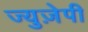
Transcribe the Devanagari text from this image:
ज्युज़ेपी